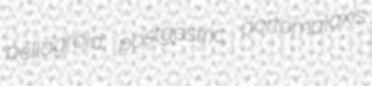
pellagroid postgastric aortomalaxis